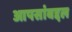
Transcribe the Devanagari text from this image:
आपसांबद्दल